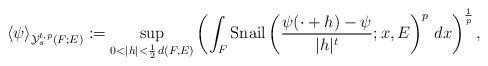
LaTeX: \begin{align*}\langle\psi\rangle_{\mathcal{Y}^{t,p}_s(F;E)}&:=\sup_{0<|h|<\frac{1}{2}\,d(F,E)}\left(\int_{F} \mathrm{Snail}\left(\frac{\psi(\cdot+h)-\psi}{|h|^t};x,E\right)^{p}\,dx\right)^\frac{1}{p},\end{align*}